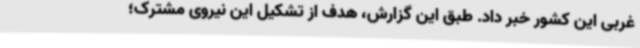
غربی این کشور خبر داد. طبق این گزارش، هدف از تشکیل این نیروی مشترک؛